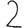
Digit: 2